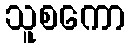
သူစကော